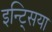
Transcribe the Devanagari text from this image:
इन्ट्सिया